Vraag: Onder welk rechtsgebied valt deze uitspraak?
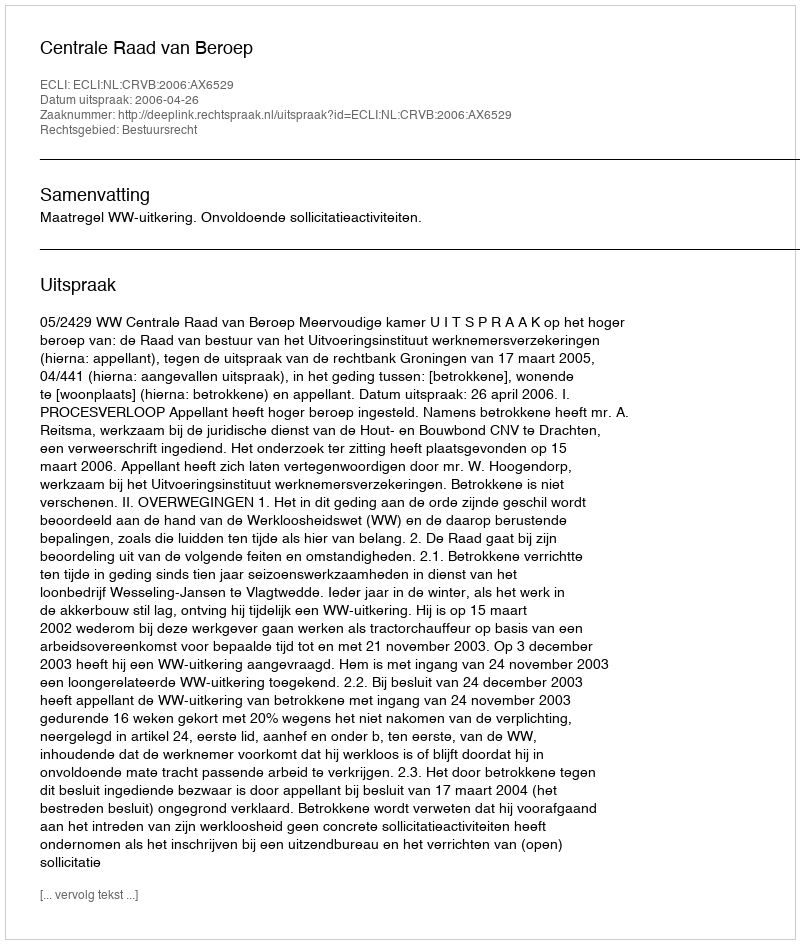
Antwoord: Bestuursrecht